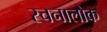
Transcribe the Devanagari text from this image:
रचनालोक